Calcutta medical institutions reports 1879-81 [i.e.91]
Year: 1879
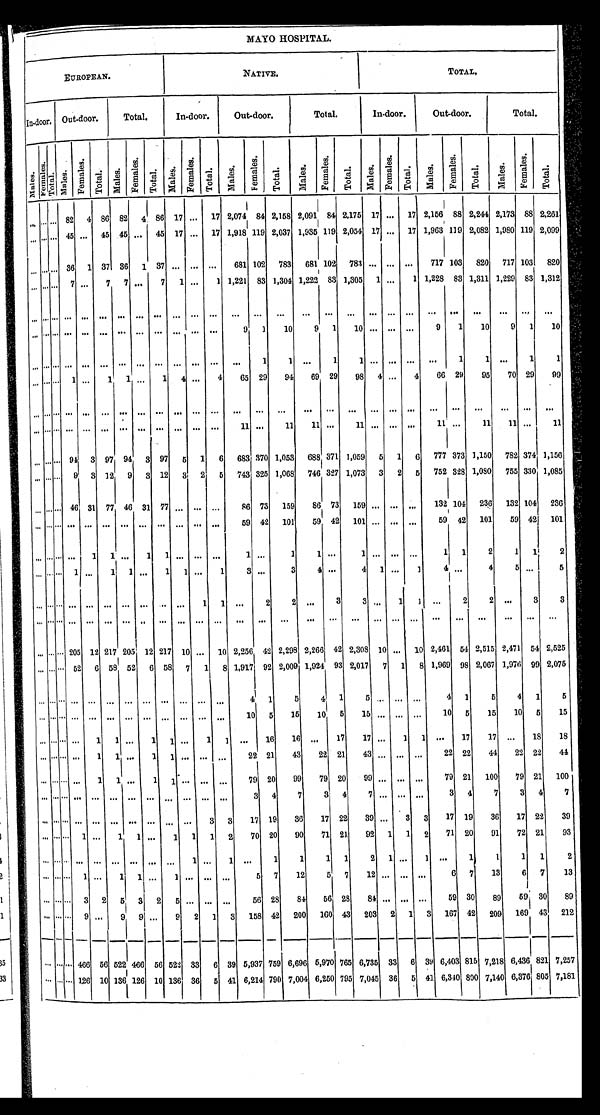
MAYO HOSPITAL.
EUROPEAN.
NATIVE.
TOTAL.
In-door. Out-door.
Total.
In-door.
Out-door.
Total.
In-door.
Out-door.
Total.
Males.
F e M a l e s .
Total.
M a l e s .
F e M a l e s .
Total.
Ma l e s .
F e M a l e s .
Total.
Ma l e s .
Fe Ma l e s .
Total.
Ma l e s .
F e Ma l e s .
Total.
Ma l e s .
Fe Ma l e s .
Total.
Ma l e s . Ma l e s .
F e M a l e s .
Total.
M a l e s .
F e M a l e s .
Total.
Ma l e s .
F e Ma l e s .
Total.
...
...
...
8 2
4
8 6
8 2
4
8 6 1 7
...
1 7
2 , 0 7 4
8 4
2 , 1 5 8
2 , 0 9 1
8 4
2 1 7 5
1 7 ...
1 7
2 , 1 5 6
8 8
2 , 2 2 4
2 , 1 7 3
8 8
2 , 2 6 1
... ... ...
4 5 ...
4 5
4 5 ...
4 5
1 7
...
1 7
1 , 9 1 8
1 1 9
2 , 0 3 7
1 , 9 3 5
1 1 9
2 , 0 5 4
1 7 ...
1 7
1 , 9 6 3
1 1 9
2 , 0 8 2
1 , 9 8 0
1 1 9
2 , 0 9 9
... ... ...
3 6
1
3 7
3 6
1
3 7
...
... ...
6 8 1
1 0 2
7 8 3
6 8 1
1 0 2
7 8 3 ... ...
. . .
717
1 0 3
8 2 0
7 1 7
1 0 3
8 2 0
... ... ...
7 ...
7
7
. . .
7
1
. . .
1
1 , 2 2 1
8 3
1 , 3 0 4
1 , 2 2 2
8 3
1 , 3 0 5
1
. . .
1
1 , 2 2 8
8 3
1 , 3 1 1
1 , 2 2 9
8 3
1 , 3 1 2
... ... ... ...
...
...
...
...
...
. . .
...
...
...
...
. . .
. . .
...
. . .
...
...
. . .
. . .
...
. . .
. . .
...
...
...
... ...
...
...
...
... ... ... ... ... ...
9
1
1 0
9
1
1 0 ... ...
. . .
9
1
1 0
9
1
1 0
............ ... ... ... ...
... ...
... ... ...
1
1
...
1 1
... ... ... ...
1
1
...
1
1
.........
1 ...
1
1 ...
1
4 ...
4
6 5
2 9
9 4
6 9
2 9
9 8
4 ...
4
6 6
2 9
9 5
7 0
2 9
9 9
... ...
...
. . .
...
...
...
...
...
...
...
...
...
...
. . .
...
...
. . .
...
...
. . .
. . .
. . .
. . .
. . .
..
. . .
............ ... ... ... ...
... ...
... ...
1 1
...
1 1
1 1 ...
1 1
... ... ...
1 1 ...
1 1
1 1 ...
1 1
...
...
...
9 4
3
9 7
9 4
3
9 7
5
1
6
6 8 3
3 7 0
1 , 0 5 3
6 8 8
3 7 1
1 , 0 5 9
5
1
6
7 7 7
3 7 3
1 , 1 5 0
7 8 2
3 7 4
1 , 1 5 6
.........
9
3
1 2
9
3 1 2 3
2
5
7 4 3
3 2 5
1 , 0 6 8
7 4 6
3 2 7
1 , 0 7 3
3
2
5
7 5 2
3 2 8
1 , 0 8 0
7 5 5
3 3 0
1 , 0 8 5
...
... ...
4 6
3 1
7 7
4 6 3 1
7 7
...
... ...
8 6 7 3
1 5 6
8 6
7 3
1 5 9
... ...
...
1 3 2
1 0 4
2 3 6
1 3 2
1 0 4
2 3 6
......... ... ... ... ... ... ... ... ... ...
5 9
4 2
1 0 1
5 9
4 2
1 0 1 ... ... ...
5 9
4 2
1 0 1
5 9
4 2
1 0 1
............
1
1 ...
1 1 ...
... ...
1
...
1
1 ...
1
. . .
...
. . .
1
1
2
1
1
2
.........
1 ...
1 1 ...
1
1 ...
1
3 ...
3
4
...
4
1 ...
1
4 ...
4
5 ...
5
...
...
...
...
...
...
...
...
...
...
1
1
. . .
2
2
. . .
3
3 ...
1
1 . . .
2
2
. . .
3
3
...... ... ... ... ... ... ... ... ... ... ...
...
...
...
. . .
...
...
... ... ...
. . .
...
. . .
. . .
...
. . .
...
...
...
2 0 5
1 2
2 1 7
2 0 5 1 2
2 1 7 1 0
...
1 0
2 , 2 5 6
4 2
2 , 2 9 8
2 , 2 6 6
4 2
2 , 3 0 8
1 0 ...
1 0
2 , 4 6 1
5 4
2 , 5 1 5
2 , 4 7 1
5 4
2 , 5 2 5
...... ...
5 2 6
5 8
5 2
6 5 8
7
1
8
1 , 9 1 7
9 2
2 , 0 0 9
1 , 9 2 4
9 3
2 , 0 1 7
7 1
8
1 , 9 6 9
9 8
2 , 0 6 7
1 , 9 7 6
9 9
2 , 0 7 5
... ... ... ... ... ... ... ...
...
...
... ...
4 1
5
4
1
5 ... ... ...
4 1
5
4
1
5
... ... ... ... ... ... ...
... ... ...
... ...
1 0 5
1 5
1 0
5
1 5 ... ... ...
1 0
5
1 5
1 0
5
1 5
......... ...
1 1 ...
1 1 ...
1 1 ...
1 6 1 6
...
1 7 1 7
...
1
1 ...
1 7
1 7
. . .
1 8
1 8
... ... ......
1
1 ...
1 1 ...
...
...
2 2
2 1
4 3 2 2
2 1
4 3
...
... ...
2 2
2 2
4 4
2 2
2 2
4 4
............
1 1
. . .
1
1
...
. . .
. . .
7 9 2 0
9 9
7 9 2 0
9 9
. . .
. . .
. . .
7 9
2 1
1 0 0
7 9
2 1
1 0 0
... ... ... ...
...
... .. ...
... ...
...
...
3 4
7
3
4
7
...
... ...
3
4
7
3
4
7
... ... ......
... ... . . . ...
... ...
3 3
1 7
1 9
3 6
1 7
2 2
3 9 ...
3 3
1 7
1 9
3 6
1 7
2 2
3 9
...... ... 1 ...
1 1 ...
1
1
1
2
7 0
2 0
9 0
7 1
2 1
9 2
1 1
2
7 1
2 0
9 1
7 2
2 1
9 3
... ... ... ... ... ... . . . ... ...
1
...
1 ...
1 1
1
1
2
1 ...
1 ...
1 1
1
1
2
......... 1
. . .
1 1
. . . 1
. . .
...
. . .
5 7
1 2
5
7
1 2
...
... ...
6 7
1 3 6
7
1 3
...... ... 3
2
5
3
2
5 ...
... ...
5 6
2 8
8 4
5 6
2 8
8 4
...
... ...
5 9 3 0
8 9
5 9
3 0
8 9
...
... ... 9 ...
9
9
...
9
2
1
3
1 5 8
4 2
2 0 0
1 6 0
4 3
2 0 3
2
1
3
1 6 7
4 2
2 0 9
1 6 9
4 3
2 1 2
...
... ...
4 6 6
5 6
5 2 2
4 6 6
5 6
5 2 2
3 3
6
3 9
5 , 9 3 7
7 5 9
6 , 6 9 6
5 , 9 7 0
7 6 5
6 , 7 3 5
3 3
6
3 9
6 , 4 0 3
8 1 5
7 , 2 1 8
6 , 4 3 6
8 2 1
7 , 2 5 7
...
...
...
1 2 6
1 0
1 3 6 1 2 6
1 0
1 3 6
3 6
5
4 1
6 , 2 1 4
7 9 0
7 , 0 0 4
6 , 2 5 0
7 9 5
7 , 0 4 5
3 6
5
4 1
6 , 3 4 0
8 0 0
7 , 1 4 0
6 , 3 7 6
8 0 5
7 , 1 8 1